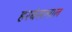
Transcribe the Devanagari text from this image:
हरबंसलाल